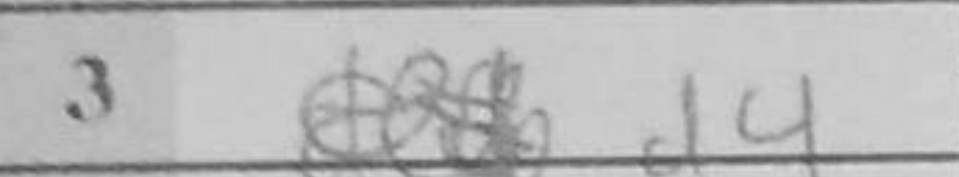
Transcription: d4